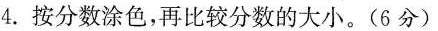
4.按分数涂色，再比较分数的大小。(6分)